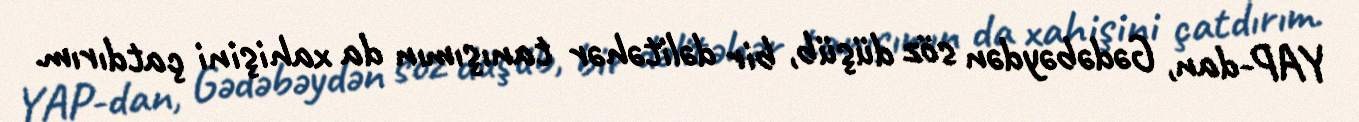
YAP-dan, Gədəbəydən söz düşüb, bir dəlitəhər tanışımın da xahişini çatdırım.